Annual report on the Civil Veterinary Department, Burma (including the Insein Veterinary School) - 1932-1941
Year: 1932
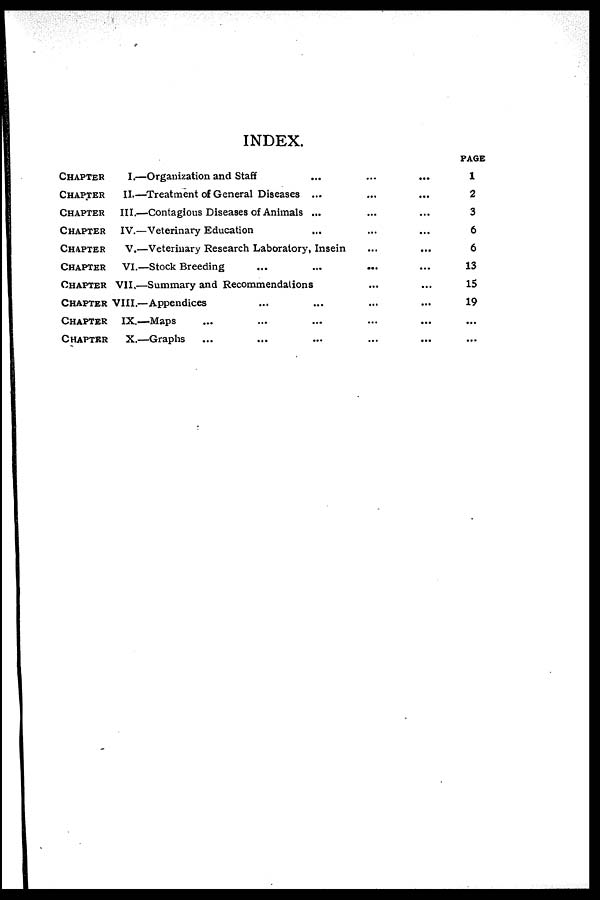
INDEX.
CHAPTER
CHAPTER
CHAPTER
CHAPTER
CHAPTER
CHAPTER
CHAPTER
CHAPTER
CHAPTER
CHAPTER
I.—Organization and Staff
II.—Treatment of General Diseases
III.—Contagious Diseases of Animals
IV.—Veterinary Education
...
...
...
...
V.—Veteriuary Research Laboratory, Insein
VI.—Stock Breeding ...
...
VII.—Summary and Recommendations
VIII.—Appendices ...
IX.—Maps ... ...
X.—Graphs ... ...
...
...
...
...
...
...
...
...
...
...
...
...
...
...
...
...
...
...
...
...
...
...
...
PAGE
1
2
3
6
6
13
15
19
...
...